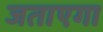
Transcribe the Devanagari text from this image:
जताएगा